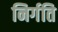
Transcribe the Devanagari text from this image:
निर्गति